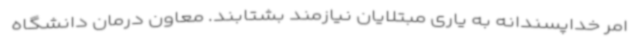
امر خداپسندانه به یاری مبتلایان نیازمند بشتابند. معاون درمان دانشگاه‌